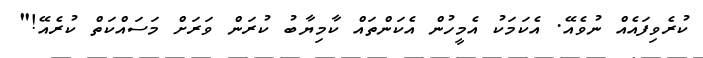
ކުރެވިފައެއް ނުވެއޭ. އެކަމަކު އެމީހުން އެކަންތައް ކާމިޔާބު ކުރަން ވަރަށް މަސައްކަތް ކުރެއޭ!"